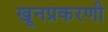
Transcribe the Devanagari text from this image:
खूनप्रकरणी